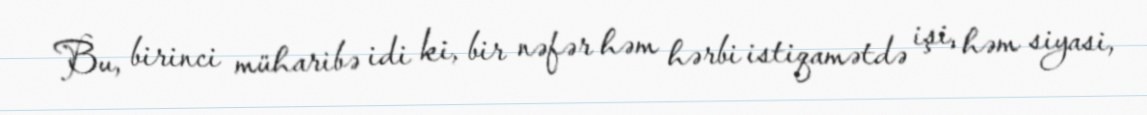
Bu, birinci müharibə idi ki, bir nəfər həm hərbi istiqamətdə işi, həm siyasi,